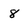
Character: 8